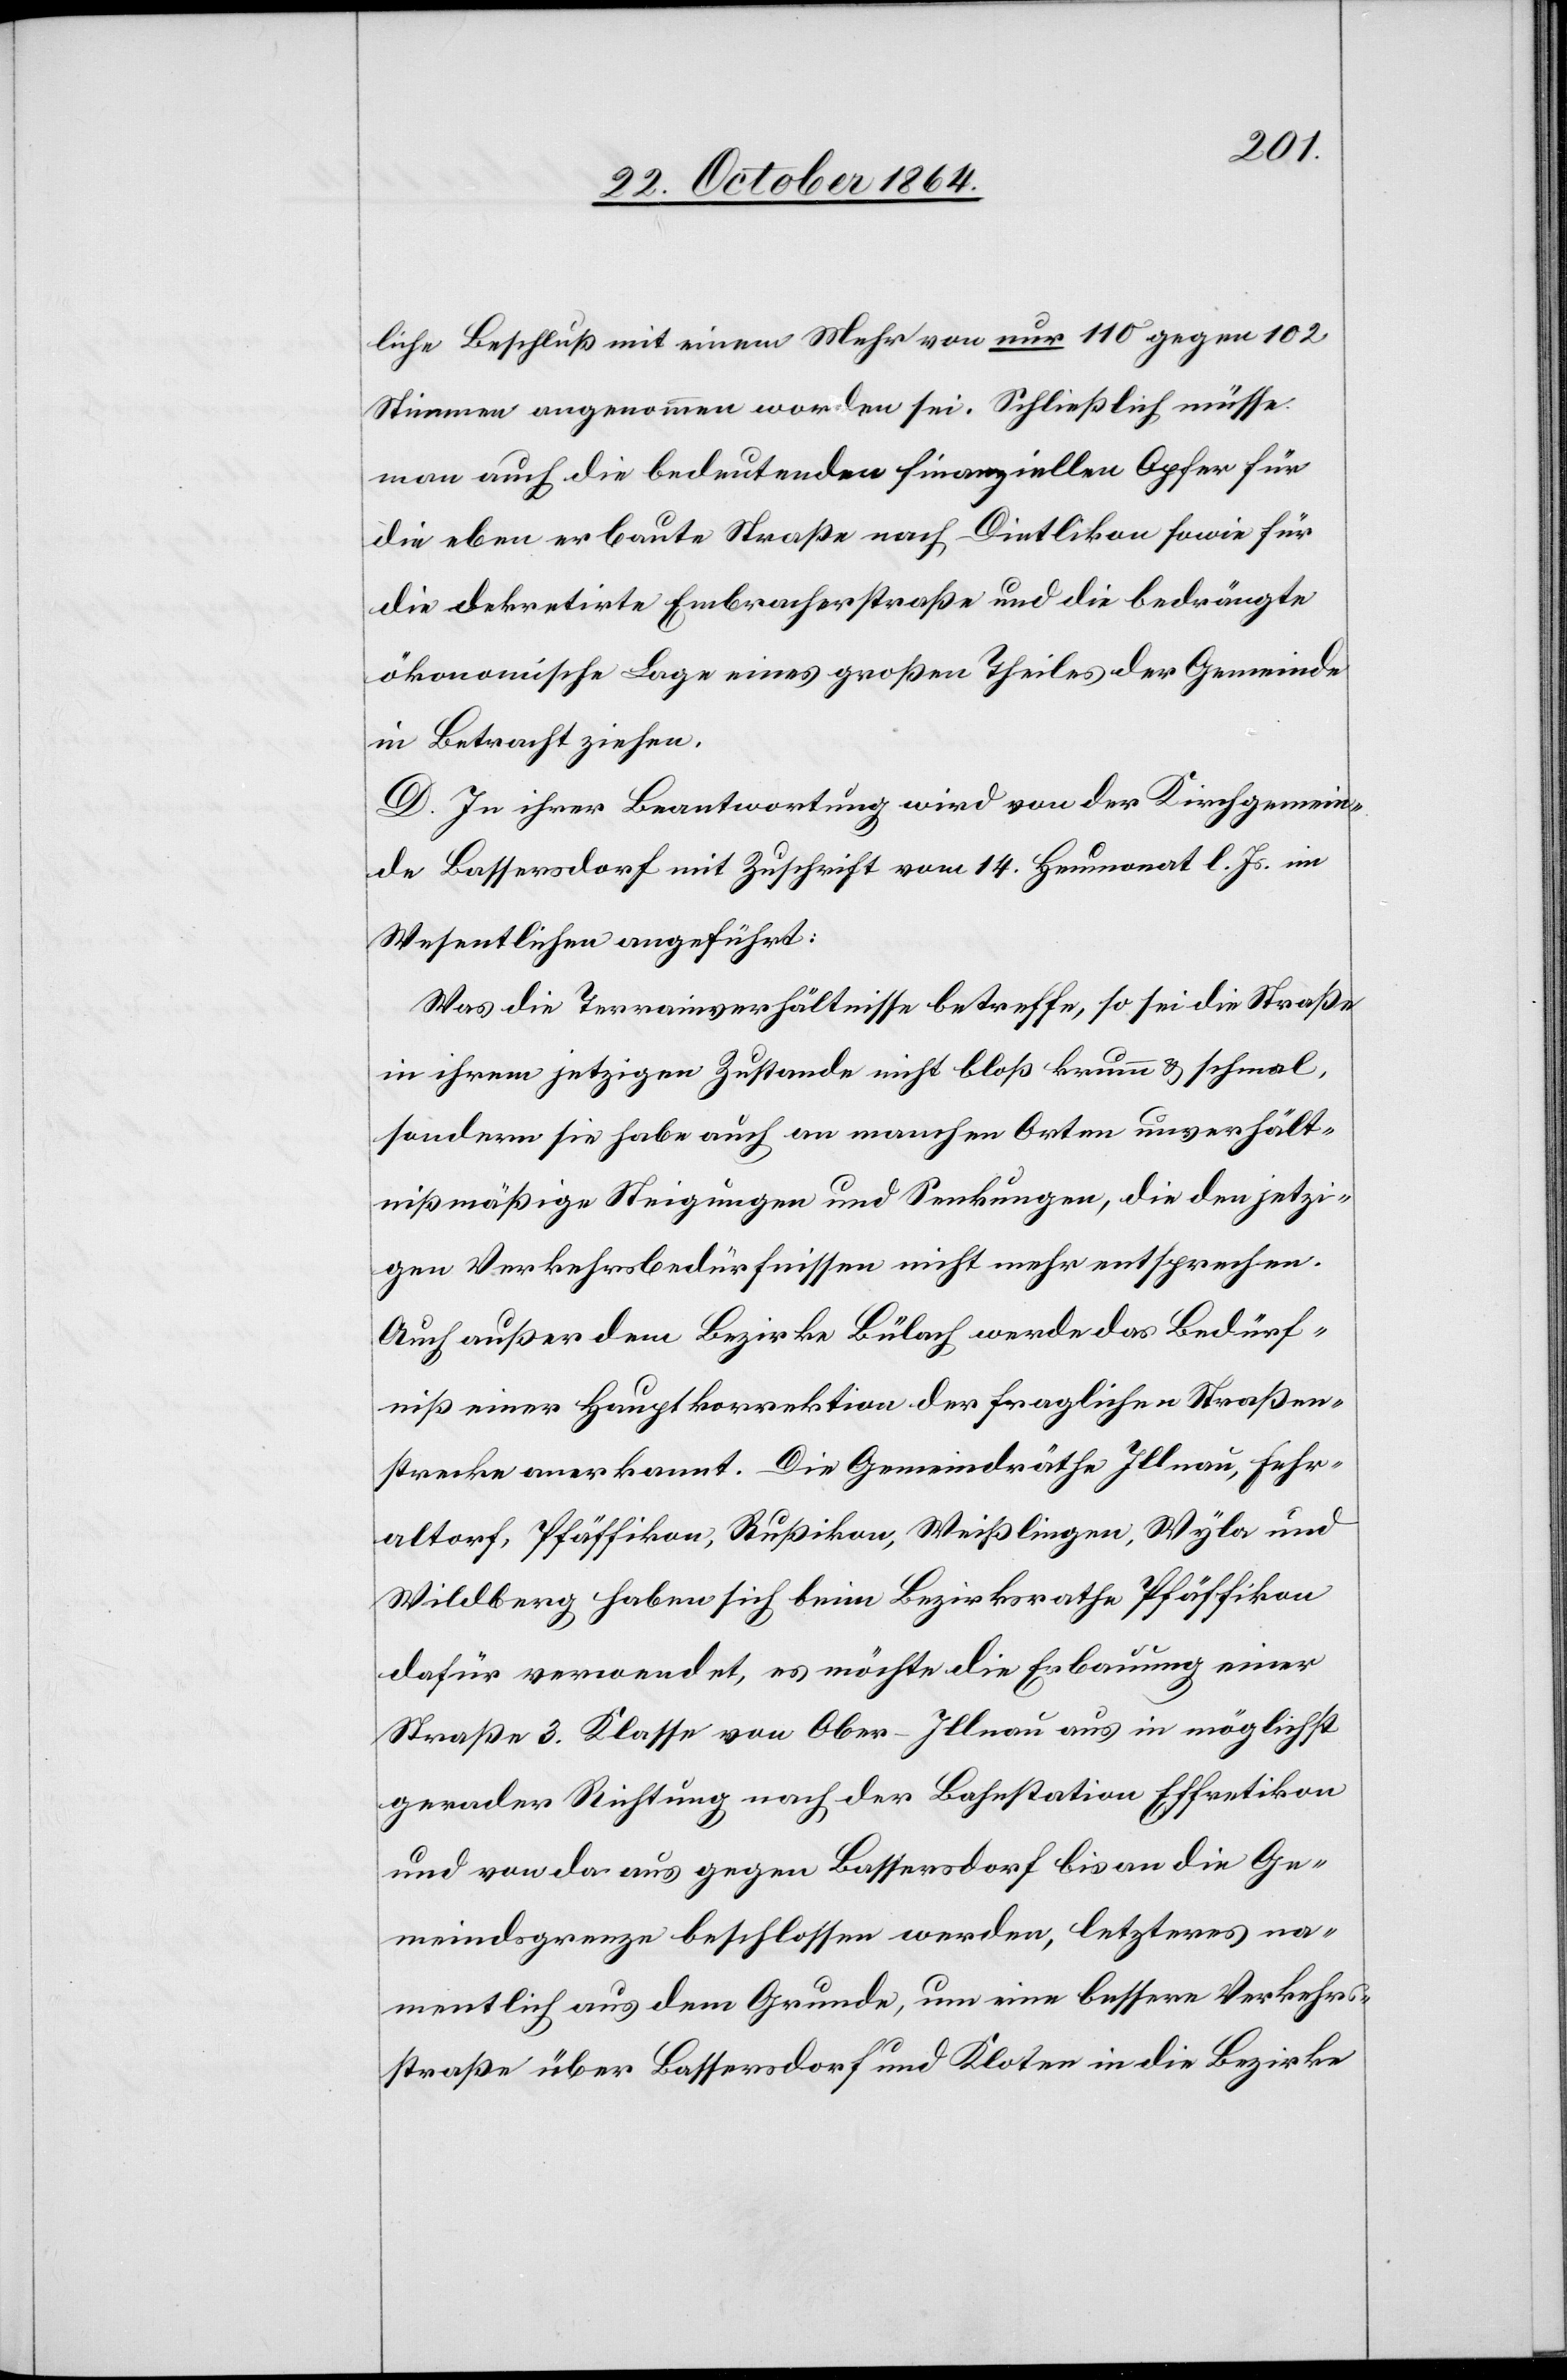
liche Beschluß mit einem Mehr von nur 110 gegen 102
Stimmen angenommen worden sei. Schließlich müsse
man auch die bedeutenden finanziellen Opfer für
die eben erbaute Straße nach Dietlikon sowie für
die dekretirte Embracherstraße und die bedrängte
ökonomische Lage eines großen Theils der Gemeinde
in Betracht ziehen.
D. In ihrer Beantwortung wird von der Kirchgemein¬
de Bassersdorf mit Zuschrift vom 14. Heumonat l. Js. im
Wesentlichen angeführt:
Was die Terrainverhältnisse betreffe, so sei die Straße
in ihrem jetzigen Zustande nicht bloß krumm & schmal,
sondern sie habe auch an manchen Orten unverhält¬
nißmäßige Steigungen und Senkungen, die den jetzi¬
gen Verkehrsbedürfnissen nicht mehr entsprechen.
Auch außer dem Bezirke Bülach werde das Bedürf¬
niß einer Hauptkorrektion der fraglichen Straßen¬
strecke anerkannt. Die Gemeindräthe Illnau, Fehr¬
altorf, Pfäffikon, Rußikon, Weißlingen, Wyla und
Wildberg haben sich beim Bezirksrathe Pfäffikon
dafür verwendet, es möchte die Erbauung einer
Straße 3. Klasse von Ober-Illnau aus in möglichst
gerader Richtung nach der Bahnstation Effretikon
und von der aus gegen Bassersdorf bis an die Ge¬
meindsgrenze beschlossen werden, letzteres na¬
mentlich aus dem Grunde, um eine bessere Verkehrs¬
straße über Bassersdorf und Kloten in die Bezirke